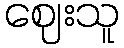
ဈေးသူ